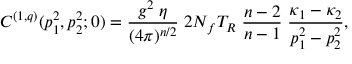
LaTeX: C ^ { ( 1 , q ) } ( p _ { 1 } ^ { 2 } , p _ { 2 } ^ { 2 } ; 0 ) = \frac { g ^ { 2 } \; \eta } { ( 4 \pi ) ^ { n / 2 } } \; 2 N _ { f } T _ { R } \; \frac { n - 2 } { n - 1 } \; \frac { \kappa _ { 1 } - \kappa _ { 2 } } { p _ { 1 } ^ { 2 } - p _ { 2 } ^ { 2 } } ,